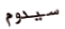
سيدوم